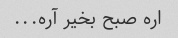
اره صبح بخیر آره...